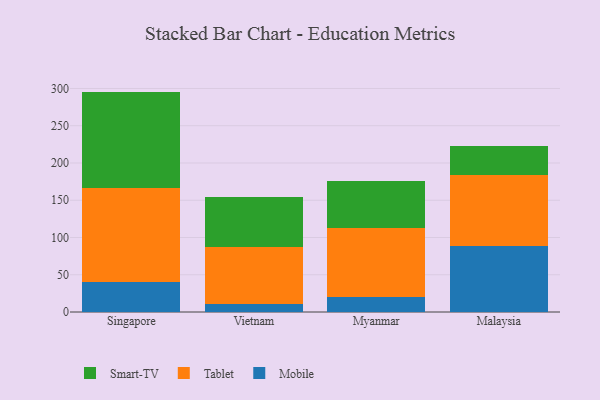
{"axis": {"x": "Country", "y": "Temperature (°C)"}, "legend": ["Mobile", "Smart-TV", "Tablet"], "data": [{"x": "Singapore", "y": 40.4, "type": "Mobile"}, {"x": "Singapore", "y": 125.5, "type": "Tablet"}, {"x": "Singapore", "y": 129.9, "type": "Smart-TV"}, {"x": "Vietnam", "y": 11.1, "type": "Mobile"}, {"x": "Vietnam", "y": 76.7, "type": "Tablet"}, {"x": "Vietnam", "y": 66.3, "type": "Smart-TV"}, {"x": "Myanmar", "y": 19.8, "type": "Mobile"}, {"x": "Myanmar", "y": 92.7, "type": "Tablet"}, {"x": "Myanmar", "y": 63.0, "type": "Smart-TV"}, {"x": "Malaysia", "y": 88.3, "type": "Mobile"}, {"x": "Malaysia", "y": 95.8, "type": "Tablet"}, {"x": "Malaysia", "y": 39.3, "type": "Smart-TV"}]}